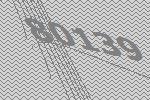
80139